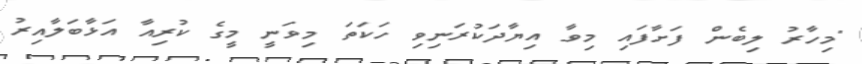
"މިހާރު ލިބެން ފަށާފައި މިވާ އިޔާދަކުރަނިވި ހަކަތަ މިވަނީ މީގެ ކުރިއާ އަޅާބަލާއިރު